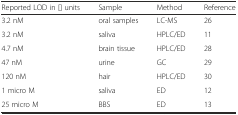
<table><thead><tr><td><b>Reported LOD in [] units</b></td><td><b>Sample</b></td><td><b>Method</b></td><td><b>Reference</b></td></tr></thead><tbody><tr><td>3.2 nM</td><td>oral samples</td><td>LC-MS</td><td>26</td></tr><tr><td>3.2 nM</td><td>saliva</td><td>HPLC/ED</td><td>11</td></tr><tr><td>4.7 nM</td><td>brain tissue</td><td>HPLC/ED</td><td>28</td></tr><tr><td>47 nM</td><td>urine</td><td>GC</td><td>29</td></tr><tr><td>120 nM</td><td>hair</td><td>HPLC/ED</td><td>30</td></tr><tr><td>1 micro M</td><td>saliva</td><td>ED</td><td>12</td></tr><tr><td>25 micro M</td><td>BBS</td><td>ED</td><td>13</td></tr></tbody></table>